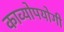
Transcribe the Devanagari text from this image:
काव्योपयोगी